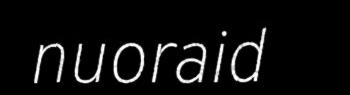
nuoraid